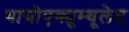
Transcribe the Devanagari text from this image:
बायोएक्युम्यूलेट